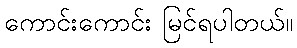
ကောင်းကောင်း မြင်ရပါတယ်။